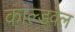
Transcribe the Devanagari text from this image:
काल्ड्वेल